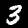
Label: 3